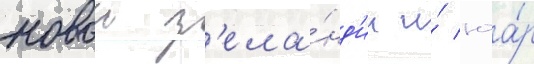
новои з'ела́нд'ии и́ юа́р